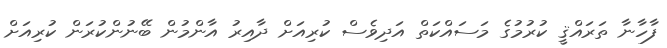
ފާހާނާ ތަރައްޤީ ކުރުމުގެ މަސައްކަތް އަދިވެސް ކުރިއަށް ދާއިރު އާންމުން ބޭނުންކުރަން ކުރިއަށް